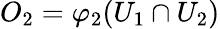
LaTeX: O_{2}=\varphi_{2}(U_{1}\cap U_{2})